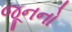
જૂનનો